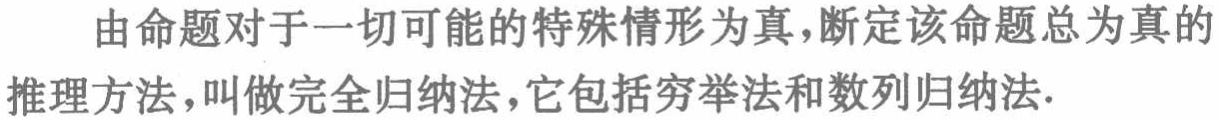
由命题对于一切可能的特殊情形为真,断定该命题总为真的推理方法,叫做完全归纳法,它包括穷举法和数列归纳法.